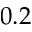
0 . 2